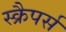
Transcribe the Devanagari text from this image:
स्क्रैपर्स